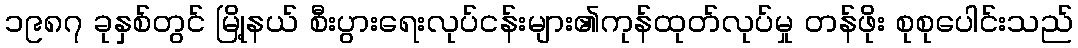
၁၉၈၇ ခုနှစ်တွင် မြို့နယ် စီးပွားရေးလုပ်ငန်းများ၏ကုန်ထုတ်လုပ်မှု တန်ဖိုး စုစုပေါင်းသည်